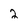
Character: 2